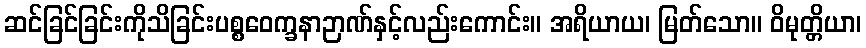
ဆင်ခြင်ခြင်းကိုသိခြင်းပစ္စဝေက္ခနာဉာဏ်နှင့်လည်းကောင်း။ အရိယာယ၊ မြတ်သော။ ဝိမုတ္တိယာ၊